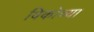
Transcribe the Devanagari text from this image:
विकोच्या